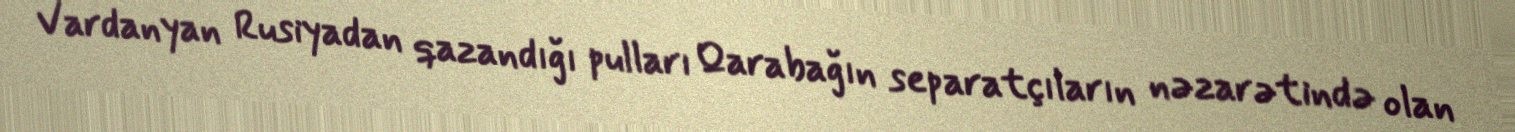
Vardanyan Rusiyadan qazandığı pulları Qarabağın separatçıların nəzarətində olan